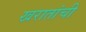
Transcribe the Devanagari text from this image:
खरातांची